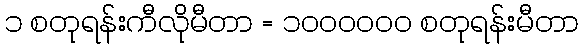
၁ စတုရန်းကီလိုမီတာ = ၁၀၀၀၀၀၀ စတုရန်းမီတာ